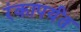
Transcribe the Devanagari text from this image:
रंकापर्यंत